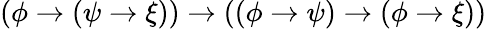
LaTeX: \left(\phi\to\left(\psi\rightarrow\xi\right)\right)\to\left(\left(\phi\to\psi\right)\to\left(\phi\to\xi\right)\right)